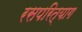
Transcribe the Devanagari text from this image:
रसपरित्याग